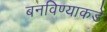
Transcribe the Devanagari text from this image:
बनविण्याकडे